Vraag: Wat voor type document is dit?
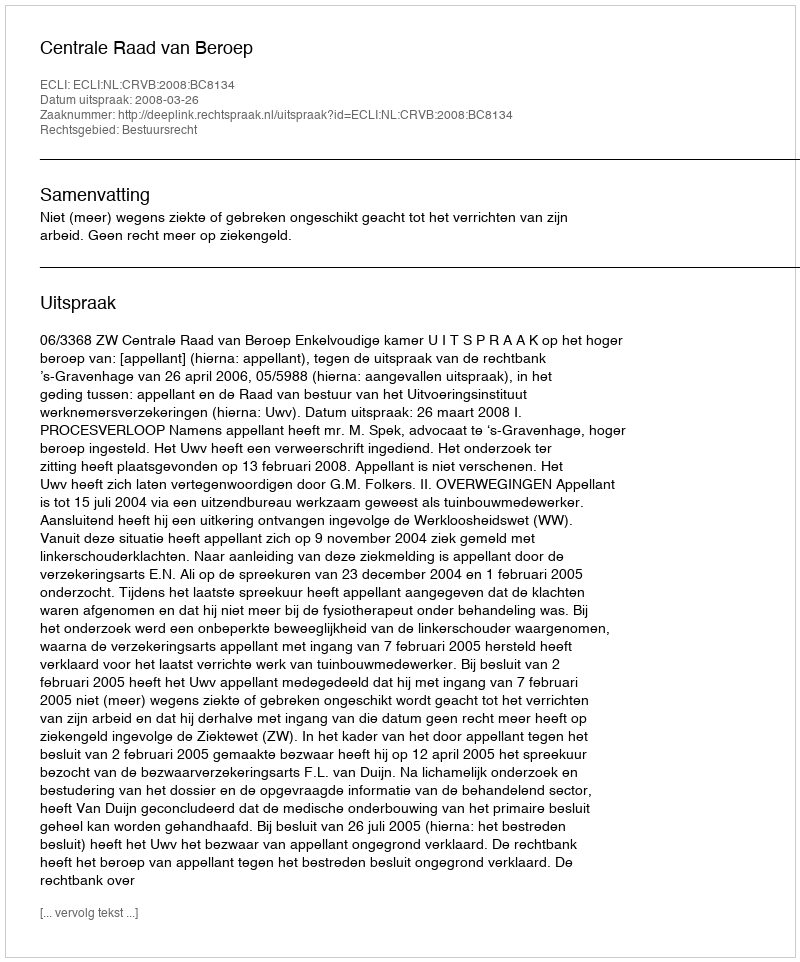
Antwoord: Uitspraak